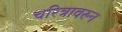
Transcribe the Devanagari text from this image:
चरित्रावरून